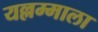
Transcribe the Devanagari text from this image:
यल्लम्माला